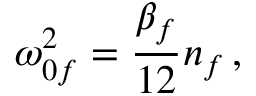
\omega _ { 0 f } ^ { 2 } = \frac { \beta _ { f } } { 1 2 } n _ { f } \, ,